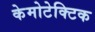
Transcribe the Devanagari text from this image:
केमोटेक्टिक